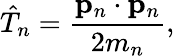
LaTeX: {\hat{T}}_{n}={\frac{\mathbf{p}_{n}\cdot\mathbf{p}_{n}}{2m_{n}}},